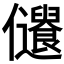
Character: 𠑞